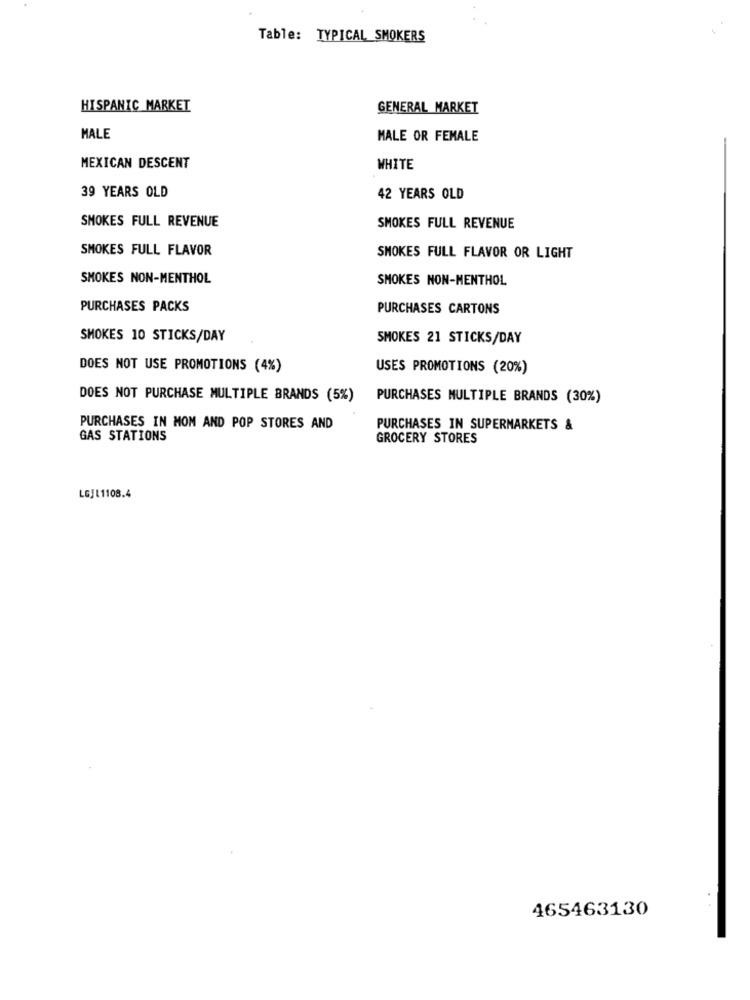
Table: TYPICAL SMOKERS
HISPANIC MARKET
GENERAL MARKET
MALE
MALE OR FEMALE
MEXICAN DESCENT
WHITE
39 YEARS OLD
42 YEARS OLD
SMOKES FULL REVENUE
SMOKES FULL REVENUE
SMOKES FULL FLAVOR
SMOKES FULL FLAVOR OR LIGHT
SMOKES NON-MENTHOL
SMOKES NON-MENTHOL
PURCHASES PACKS
PURCHASES CARTONS
SMOKES 10 STICKS/DAY
SMOKES 21 STICKS/DAY
DOES NOT USE PROMOTIONS (4%)
USES PROMOTIONS (20%)
DOES NOT PURCHASE MULTIPLE BRANDS (5%)
PURCHASES MULTIPLE BRANDS (30%)
PURCHASES IN MOM AND POP STORES AND
PURCHASES IN SUPERMARKETS &
GAS STATIONS
GROCERY STORES
LGJ11108.4
465463130